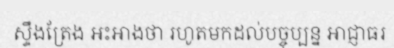
ស្ទឹងត្រែង អះអាងថា រហូតមកដល់បច្ចុប្បន្ន អាជ្ញាធរ